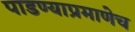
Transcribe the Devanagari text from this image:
पाडण्याप्रमाणेच